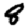
Digit: 8